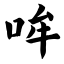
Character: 哞